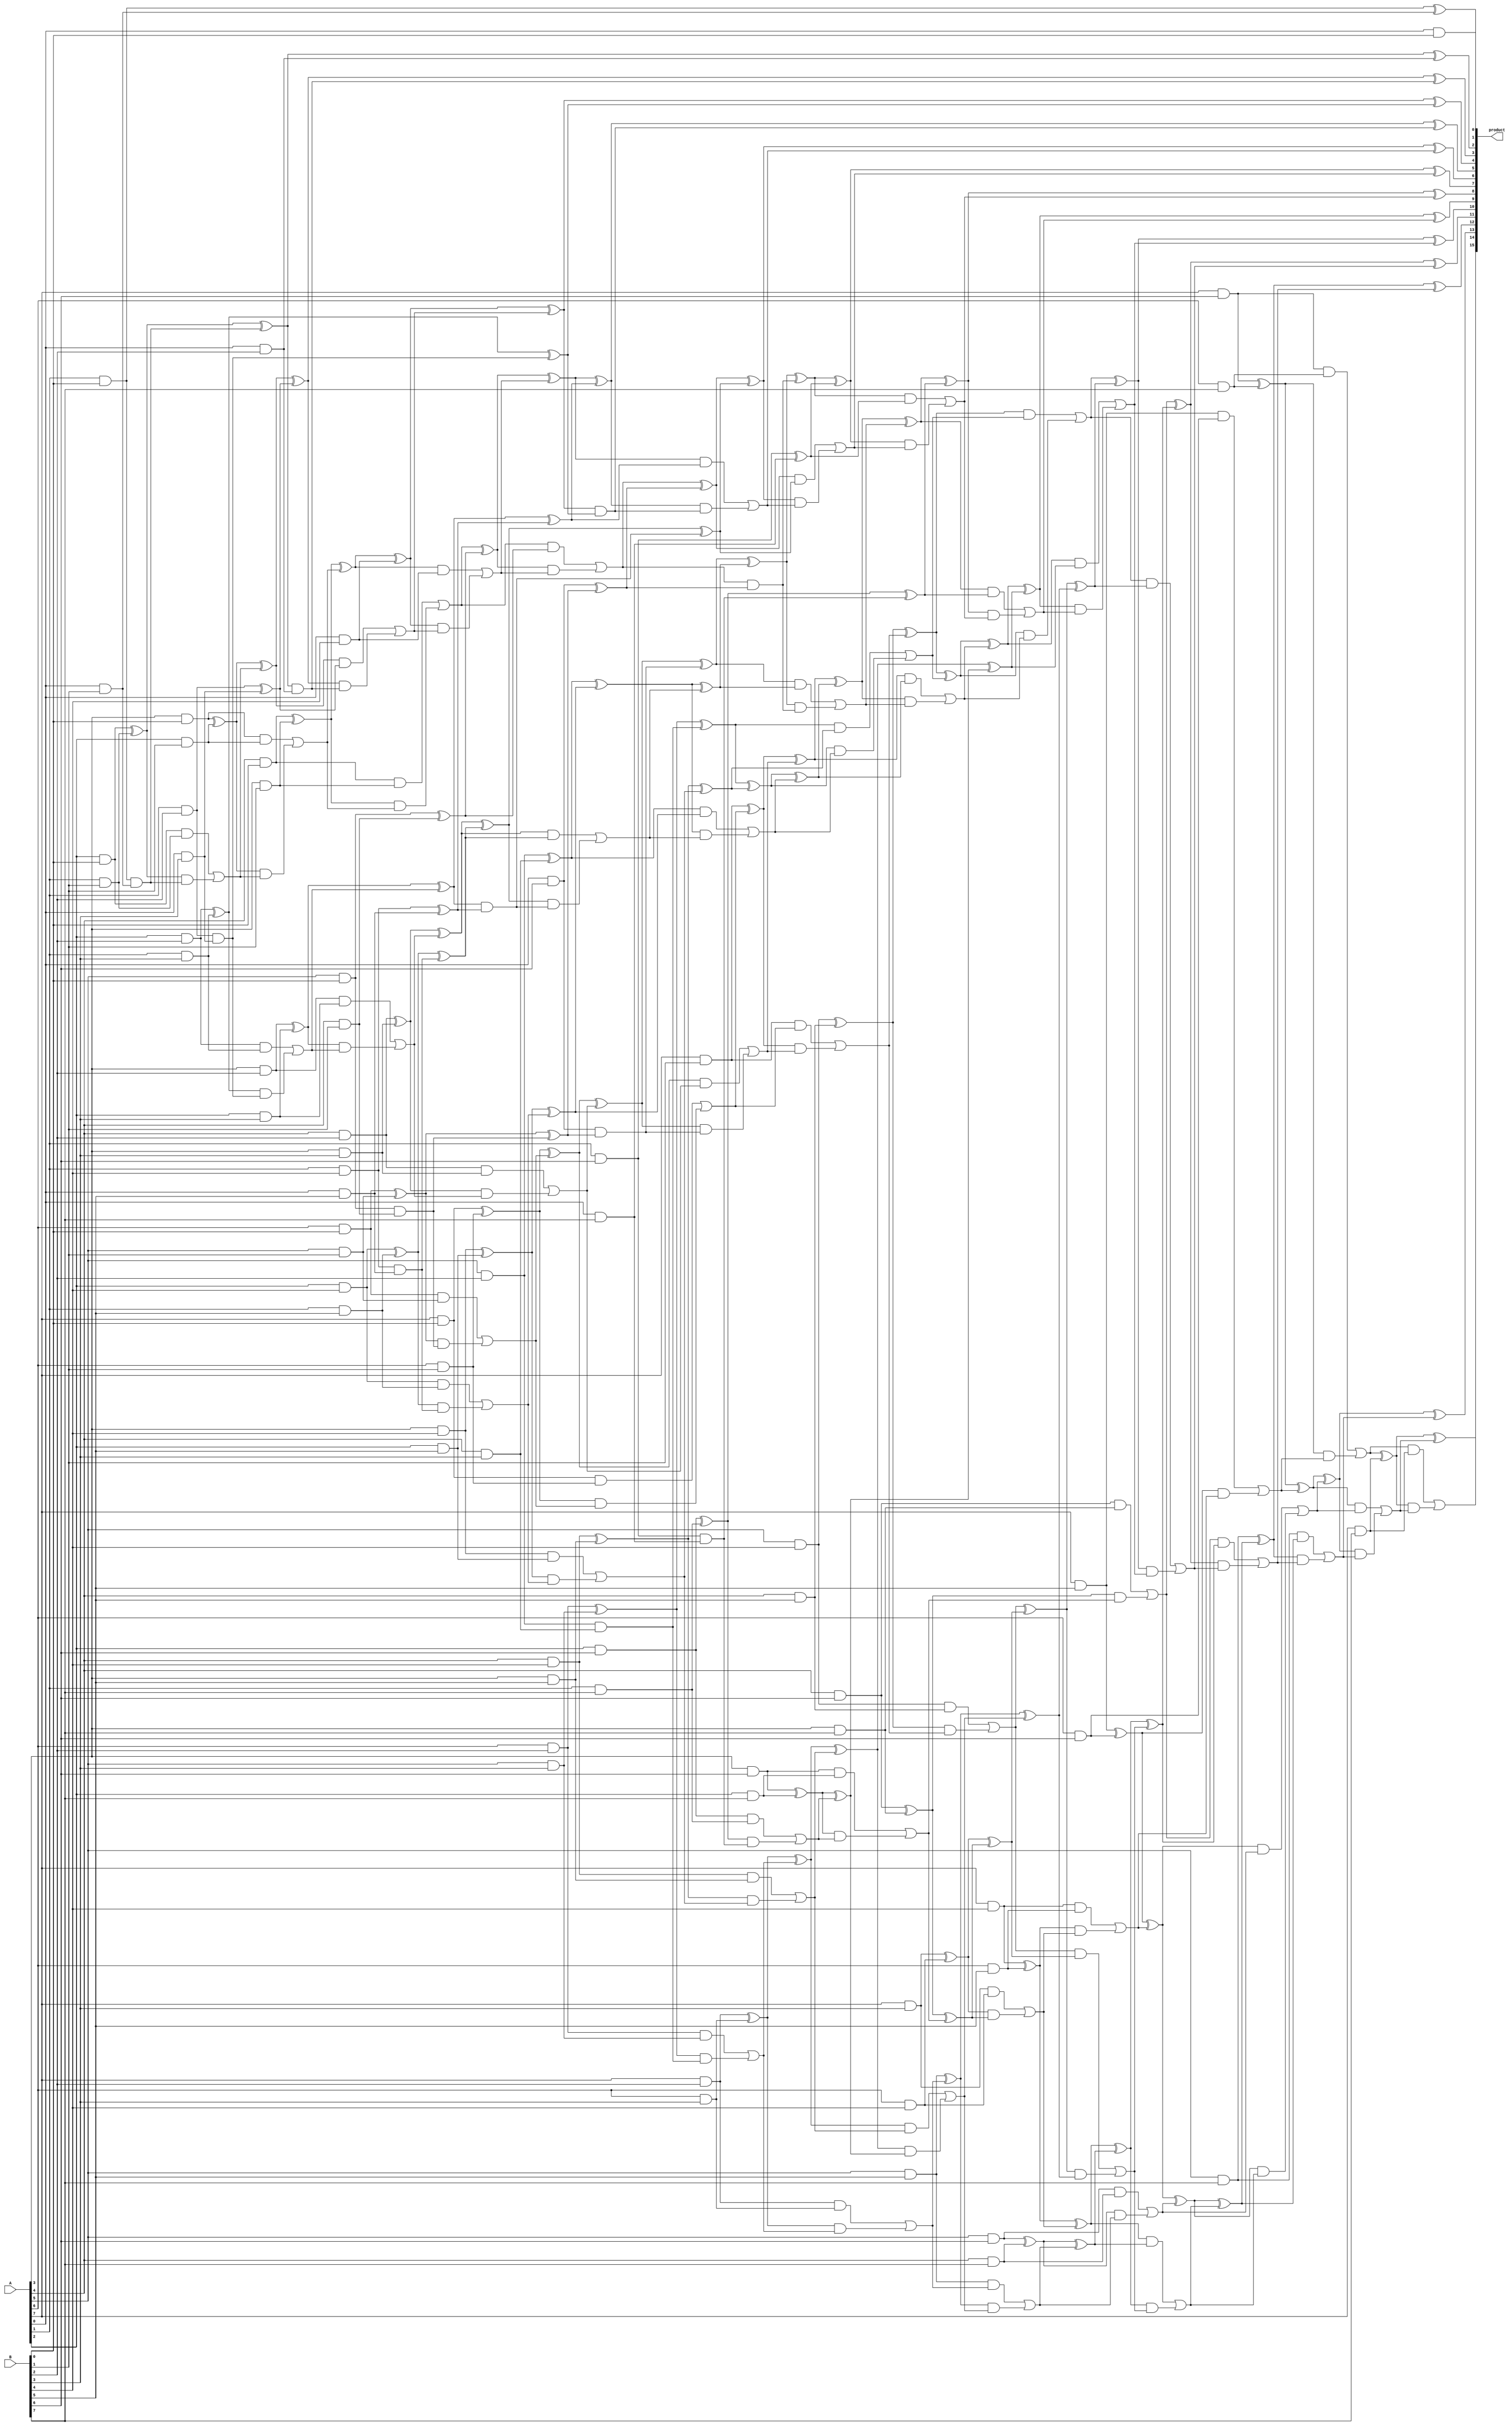
module wallace_mult_CLA_reduced_8(product, A, B);
    input [7:0] A, B;
    output [15:0] product;

    wire [7:0] pp0, pp1, pp2, pp3, pp4, pp5, pp6, pp7;

    and AND00(pp0[0], A[0], B[0]);
    and AND01(pp0[1], A[1], B[0]);
    and AND02(pp0[2], A[2], B[0]);
    and AND03(pp0[3], A[3], B[0]);
    and AND04(pp0[4], A[4], B[0]);
    and AND05(pp0[5], A[5], B[0]);
    and AND06(pp0[6], A[6], B[0]);
    and AND07(pp0[7], A[7], B[0]);
    and AND08(pp1[0], A[0], B[1]);
    and AND09(pp1[1], A[1], B[1]);
    and AND10(pp1[2], A[2], B[1]);
    and AND11(pp1[3], A[3], B[1]);
    and AND12(pp1[4], A[4], B[1]);
    and AND13(pp1[5], A[5], B[1]);
    and AND14(pp1[6], A[6], B[1]);
    and AND15(pp1[7], A[7], B[1]);
    and AND16(pp2[0], A[0], B[2]);
    and AND17(pp2[1], A[1], B[2]);
    and AND18(pp2[2], A[2], B[2]);
    and AND19(pp2[3], A[3], B[2]);
    and AND20(pp2[4], A[4], B[2]);
    and AND21(pp2[5], A[5], B[2]);
    and AND22(pp2[6], A[6], B[2]);
    and AND23(pp2[7], A[7], B[2]);
    and AND24(pp3[0], A[0], B[3]);
    and AND25(pp3[1], A[1], B[3]);
    and AND26(pp3[2], A[2], B[3]);
    and AND27(pp3[3], A[3], B[3]);
    and AND28(pp3[4], A[4], B[3]);
    and AND29(pp3[5], A[5], B[3]);
    and AND30(pp3[6], A[6], B[3]);
    and AND31(pp3[7], A[7], B[3]);
    and AND32(pp4[0], A[0], B[4]);
    and AND33(pp4[1], A[1], B[4]);
    and AND34(pp4[2], A[2], B[4]);
    and AND35(pp4[3], A[3], B[4]);
    and AND36(pp4[4], A[4], B[4]);
    and AND37(pp4[5], A[5], B[4]);
    and AND38(pp4[6], A[6], B[4]);
    and AND39(pp4[7], A[7], B[4]);
    and AND40(pp5[0], A[0], B[5]);
    and AND41(pp5[1], A[1], B[5]);
    and AND42(pp5[2], A[2], B[5]);
    and AND43(pp5[3], A[3], B[5]);
    and AND44(pp5[4], A[4], B[5]);
    and AND45(pp5[5], A[5], B[5]);
    and AND46(pp5[6], A[6], B[5]);
    and AND47(pp5[7], A[7], B[5]);
    and AND48(pp6[0], A[0], B[6]);
    and AND49(pp6[1], A[1], B[6]);
    and AND50(pp6[2], A[2], B[6]);
    and AND51(pp6[3], A[3], B[6]);
    and AND52(pp6[4], A[4], B[6]);
    and AND53(pp6[5], A[5], B[6]);
    and AND54(pp6[6], A[6], B[6]);
    and AND55(pp6[7], A[7], B[6]);
    and AND56(pp7[0], A[0], B[7]);
    and AND57(pp7[1], A[1], B[7]);
    and AND58(pp7[2], A[2], B[7]);
    and AND59(pp7[3], A[3], B[7]);
    and AND60(pp7[4], A[4], B[7]);
    and AND61(pp7[5], A[5], B[7]);
    and AND62(pp7[6], A[6], B[7]);
    and AND63(pp7[7], A[7], B[7]);

    /* First Stage */
    assign product[0] = pp0[0];

    /* First CLA */
    wire [3:0] G1, P1, C1;
    assign G1[0] = pp0[1] & pp1[0];
    assign G1[1] = pp0[2] & pp1[1];
    assign G1[2] = pp0[3] & pp1[2];
    assign G1[3] = pp0[4] & pp1[3];
    assign P1[0] = pp0[1] ^ pp1[0];
    assign P1[1] = pp0[2] ^ pp1[1];
    assign P1[2] = pp0[3] ^ pp1[2];
    assign P1[3] = pp0[4] ^ pp1[3];
    assign C1[1] = G1[0];
    assign C1[2] = G1[1] | (P1[1] & C1[1]);
    assign C1[3] = G1[2] | (P1[2] & C1[2]);    
    assign c1    = G1[3] | (P1[3] & C1[3]);
    assign s1    = P1[0];
    assign s2    = P1[1] ^ C1[1];
    assign s3    = P1[2] ^ C1[2];
    assign s4    = P1[3] ^ C1[3];
    assign product[1] = s1;   

    /* Second CLA */
    wire [2:0] G2, P2, C2;
    assign G2[0] = pp0[5] & pp1[4];
    assign G2[1] = pp0[6] & pp1[5];
    assign G2[2] = pp0[7] & pp1[6];
    assign P2[0] = pp0[5] ^ pp1[4];
    assign P2[1] = pp0[6] ^ pp1[5];
    assign P2[2] = pp0[7] ^ pp1[6];
    assign C2[1] = G2[0];
    assign C2[2] = G2[1] | (P2[1] & C2[1]);
    assign c2    = G2[2] | (P2[2] & C2[2]);
    assign s5    = P2[0];
    assign s6    = P2[1] ^ C2[1];
    assign s7    = P2[2] ^ C2[2];

    /* Third CLA */
    wire [3:0] G3, P3, C3;
    assign G3[0] = pp2[1] & pp3[0];
    assign G3[1] = pp2[2] & pp3[1];
    assign G3[2] = pp2[3] & pp3[2];
    assign G3[3] = pp2[4] & pp3[3];
    assign P3[0] = pp2[1] ^ pp3[0];
    assign P3[1] = pp2[2] ^ pp3[1];
    assign P3[2] = pp2[3] ^ pp3[2];
    assign P3[3] = pp2[4] ^ pp3[3];
    assign C3[1] = G3[0];
    assign C3[2] = G3[1] | (P3[1] & C3[1]);
    assign C3[3] = G3[2] | (P3[2] & C3[2]);
    assign c3    = G3[3] | (P3[3] & C3[3]);
    assign s8    = P3[0];
    assign s9    = P3[1] ^ C3[1];
    assign s10   = P3[2] ^ C3[2];
    assign s11   = P3[3] ^ C3[3];

    /* Fourth CLA */
    wire [2:0] G4, P4, C4;
    assign G4[0] = pp2[5] & pp3[4];
    assign G4[1] = pp2[6] & pp3[5];
    assign G4[2] = pp2[7] & pp3[6];
    assign P4[0] = pp2[5] ^ pp3[4];
    assign P4[1] = pp2[6] ^ pp3[5];
    assign P4[2] = pp2[7] ^ pp3[6];
    assign C4[1] = G4[0];
    assign C4[2] = G4[1] | (P4[1] & C4[1]);
    assign c4    = G4[2] | (P4[2] & C4[2]);
    assign s12   = P4[0];
    assign s13   = P4[1] ^ C4[1];
    assign s14   = P4[2] ^ C4[2];

    /* Fifth CLA */
    wire [3:0] G5, P5, C5;
    assign G5[0] = pp4[1] & pp5[0];
    assign G5[1] = pp4[2] & pp5[1];
    assign G5[2] = pp4[3] & pp5[2];
    assign G5[3] = pp4[4] & pp5[3];
    assign P5[0] = pp4[1] ^ pp5[0];
    assign P5[1] = pp4[2] ^ pp5[1];
    assign P5[2] = pp4[3] ^ pp5[2];
    assign P5[3] = pp4[4] ^ pp5[3];
    assign C5[1] = G5[0];
    assign C5[2] = G5[1] | (P5[1] & C5[1]);
    assign C5[3] = G5[2] | (P5[2] & C5[2]);
    assign c5    = G5[3] | (P5[3] & C5[3]);
    assign s15   = P5[0];
    assign s16   = P5[1] ^ C5[1];
    assign s17   = P5[2] ^ C5[2];
    assign s18   = P5[3] ^ C5[3];

    /* Sixth CLA */
    wire [3:0] G6, P6, C6;
    assign G6[0] = pp6[1] & pp7[0];
    assign G6[1] = pp6[2] & pp7[1];
    assign G6[2] = pp6[3] & pp7[2];
    assign G6[3] = pp6[4] & pp7[3];
    assign P6[0] = pp6[1] ^ pp7[0];
    assign P6[1] = pp6[2] ^ pp7[1];
    assign P6[2] = pp6[3] ^ pp7[2];
    assign P6[3] = pp6[4] ^ pp7[3];
    assign C6[1] = G6[0];
    assign C6[2] = G6[1] | (P6[1] & C6[1]);
    assign C6[3] = G6[2] | (P6[2] & C6[2]);
    assign c6    = G6[3] | (P6[3] & C6[3]);
    assign s19   = P6[0];
    assign s20   = P6[1] ^ C6[1];
    assign s21   = P6[2] ^ C6[2];
    assign s22   = P6[3] ^ C6[3];

    /* Seventh CLA */
    wire [3:0] G7, P7, C7;
    assign G7[0] = s2 & pp2[0];
    assign G7[1] = s3 & s8;
    assign G7[2] = s4 & pp4[0];
    assign G7[3] = c1 & s5;
    assign P7[0] = s2 ^ pp2[0];
    assign P7[1] = s3 ^ s8;
    assign P7[2] = s4 ^ pp4[0];
    assign P7[3] = c1 ^ s5; 
    assign C7[1] = G7[0];
    assign C7[2] = G7[1] | (P7[1] & C7[1]);
    assign C7[3] = G7[2] | (P7[2] & C7[2]);
    assign c7    = G7[3] | (P7[3] & C7[3]);
    assign s23   = P7[0];
    assign s24   = P7[1] ^ C7[1];
    assign s25   = P7[2] ^ C7[2];
    assign s26   = P7[3] ^ C7[3];
    assign product[2] = s23;
    assign product[3] = s24;

    /* 8th CLA */
    wire [3:0] G8, P8, C8;
    assign G8[0] = pp6[0] & s6;
    assign G8[1] = s7     & c3;
    assign G8[2] = pp1[7] & c2;
    assign G8[3] = pp4[5] & pp5[4];
    assign P8[0] = pp6[0] ^ s6;
    assign P8[1] = s7     ^ c3;
    assign P8[2] = pp1[7] ^ c2;
    assign P8[3] = pp4[5] ^ pp5[4];
    assign C8[1] = G8[0];
    assign C8[2] = G8[1] | (P8[1] & C8[1]);
    assign C8[3] = G8[2] | (P8[2] & C8[2]);
    assign c8    = G8[3] | (P8[3] & C8[3]);
    assign s27   = P8[0];
    assign s28   = P8[1] ^ C8[1];
    assign s29   = P8[2] ^ C8[2];
    assign s30   = P8[3] ^ C8[3];

    /* 9th CLA */
    wire [3:0] G9, P9, C9;
    assign G9[0] = pp3[7] & pp4[6];
    assign G9[1] = pp4[7] & pp5[6];
    assign G9[2] = pp5[7] & pp6[6];
    assign G9[3] = pp6[7] & pp7[6];
    assign P9[0] = pp3[7] ^ pp4[6];
    assign P9[1] = pp4[7] ^ pp5[6];
    assign P9[2] = pp5[7] ^ pp6[6];
    assign P9[3] = pp6[7] ^ pp7[6];
    assign C9[0] = s22;
    assign C9[1] = G9[0] | (P9[0] & C9[0]);
    assign C9[2] = G9[1] | (P9[1] & C9[1]);
    assign C9[3] = G9[2] | (P9[2] & C9[2]);
    assign c9    = G9[3] | (P9[3] & C9[3]);
    assign s31   = P9[0] ^ C9[0];
    assign s32   = P9[1] ^ C9[1];
    assign s33   = P9[2] ^ C9[2];
    assign s34   = P9[3] ^ C9[3];

    /* 10th CLA */
    wire [3:0] GA, PA, CA;
    assign GA[0] = s10 & s15;
    assign GA[1] = s11 & s16;
    assign GA[2] = s12 & s17;
    assign GA[3] = s13 & s18;
    assign PA[0] = s10 ^ s15;
    assign PA[1] = s11 ^ s16;
    assign PA[2] = s12 ^ s17;
    assign PA[3] = s13 ^ s18;
    assign CA[1] = GA[0];
    assign CA[2] = GA[1] | (PA[1] & CA[1]);
    assign CA[3] = GA[2] | (PA[2] & CA[2]);
    assign c10   = GA[3] | (PA[3] & CA[3]);
    assign s35   = PA[0];
    assign s36   = PA[1] ^ CA[1];
    assign s37   = PA[2] ^ CA[2];
    assign s38   = PA[3] ^ CA[3];

    /* 11th CLA */
    wire [2:0] GB, PB, CB;
    assign GB[0] = s14    & c5;
    assign GB[1] = pp5[5] & c4;
    assign GB[2] = pp6[5] & pp7[4];
    assign PB[0] = s14    ^ c5;
    assign PB[1] = pp5[5] ^ c4;
    assign PB[2] = pp6[5] ^ pp7[4];
    assign CB[0] = s21;
    assign CB[1] = GB[0] | (PB[0] & CB[0]);
    assign CB[2] = GB[1] | (PB[1] & CB[1]);
    assign c11   = GB[2] | (PB[2] & CB[2]);
    assign s39   = PB[0] ^ CB[0];
    assign s40   = PB[1] ^ CB[1];
    assign s41   = PB[2] ^ CB[2];

    /* 12th CLA */
    wire [3:0] GC, PC, CC;
    assign GC[0] = c7  & s27;
    assign GC[1] = s28 & s37;
    assign GC[2] = s29 & s38;
    assign GC[3] = s30 & c10;
    assign PC[0] = c7  ^ s27;
    assign PC[1] = s28 ^ s37;
    assign PC[2] = s29 ^ s38;
    assign PC[3] = s30 ^ c10;
    assign CC[1] = GC[0];
    assign CC[2] = GC[1] | (PC[1] & CC[1]);
    assign CC[3] = GC[2] | (PC[2] & CC[2]);
    assign c12   = GC[3] | (PC[3] & CC[3]);
    assign s42   = PC[0];
    assign s43   = PC[1] ^ CC[1];
    assign s44   = PC[2] ^ CC[2];
    assign s45   = PC[3] ^ CC[3];

    /* 13th CLA */
    wire [2:0] GD, PD, CD;
    assign GD[0] = c8  & s31;
    assign GD[1] = s32 & s41;
    assign GD[2] = s33 & c11;
    assign PD[0] = c8  ^ s31;
    assign PD[1] = s32 ^ s41;
    assign PD[2] = s33 ^ c11;
    assign CD[0] = s40;
    assign CD[1] = GD[0] | (PD[0] & CD[0]);
    assign CD[2] = GD[1] | (PD[1] & CD[1]);
    assign c13   = GD[2] | (PD[2] & CD[2]);
    assign s46   = PD[0] ^ CD[0];
    assign s47   = PD[1] ^ CD[1];
    assign s48   = PD[2] ^ CD[2];


    /* Final Stage 14th CLA */
    wire [3:0] GE, PE, CE;
    assign GE[0] = s25 & s9;
    assign GE[1] = s26 & s35;
    assign GE[2] = s42 & s36;
    assign GE[3] = s43 & s19;
    assign PE[0] = s25 ^ s9;
    assign PE[1] = s26 ^ s35;
    assign PE[2] = s42 ^ s36;
    assign PE[3] = s43 ^ s19;
    assign CE[1] = GE[0];
    assign CE[2] = GE[1] | (PE[1] & CE[1]);
    assign CE[3] = GE[2] | (PE[2] & CE[2]);
    assign c14   = GE[3] | (PE[3] & CE[3]);
    assign product[4] = PE[0];
    assign product[5] = PE[1] ^ CE[1];
    assign product[6] = PE[2] ^ CE[2];
    assign product[7] = PE[3] ^ CE[3];

    /* 15th CLA */
    wire [3:0] GF, PF, CF;
    assign GF[0] = s44 & s20;
    assign GF[1] = s45 & s39;
    assign GF[2] = c12 & s46;
    assign GF[3] = c6  & s47;
    assign PF[0] = s44 ^ s20;
    assign PF[1] = s45 ^ s39;
    assign PF[2] = c12 ^ s46;
    assign PF[3] = c6  ^ s47;
    assign CF[0] = c14;
    assign CF[1] = GF[0] | (PF[0] & CF[0]);
    assign CF[2] = GF[1] | (PF[1] & CF[1]);
    assign CF[3] = GF[2] | (PF[2] & CF[2]);
    assign c15   = GF[3] | (PF[3] & CF[3]);
    assign product[8]  = PF[0] ^ CF[0];
    assign product[9]  = PF[1] ^ CF[1];
    assign product[10] = PF[2] ^ CF[2];
    assign product[11] = PF[3] ^ CF[3];

    /* 16th CLA */
    wire [2:0] GG, PG, CG;
    assign GG[0] = pp7[5] & s48;  
    assign GG[1] = s34    & c13;
    assign GG[2] = c9     & pp7[7];
    assign PG[0] = pp7[5] ^ s48;
    assign PG[1] = s34    ^ c13;
    assign PG[2] = c9     ^ pp7[7];
    assign CG[0] = c15;
    assign CG[1] = GG[0] | (PG[0] & CG[0]);
    assign CG[2] = GG[1] | (PG[1] & CG[1]);
    assign product[15] = GG[2] | (PG[2] & CG[2]);
    assign product[12] = PG[0] ^ CG[0];
    assign product[13] = PG[1] ^ CG[1];
    assign product[14] = PG[2] ^ CG[2];
endmodule